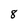
Character: 8